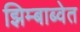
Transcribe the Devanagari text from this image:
झिम्बाब्वेत